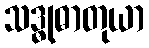
သဒ္ဓုဓာတုယာ